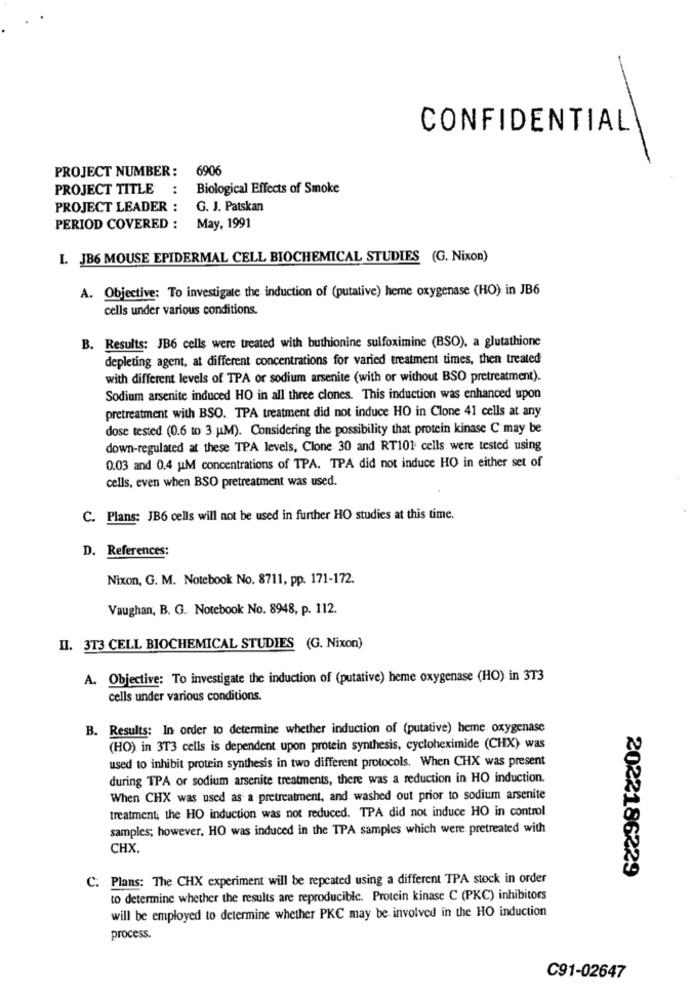
CONFIDENTIAL
PROJECT NUMBER :
6906
PROJECT TITLE
:
Biological Effects of Smoke
PROJECT LEADER :
G. J. Patskan
PERIOD COVERED :
May, 1991
I. JB6 MOUSE EPIDERMAL CELL BIOCHEMICAL STUDIES (G. Nixon)
A. Objective: To investigate the induction of (putative) heme oxygenase (HO) in JB6
cells under various conditions.
B. Results: JB6 cells were treated with buthionine sulfoximine (BSO), a glutathione
depleting agent, at different concentrations for varied treatment times, then treated
with different levels of TPA or sodium arsenite (with or without BSO pretreatment).
Sodium arsenite induced HO in all three clones. This induction was enhanced upon
pretreatment with BSO. TPA treatment did not induce HO in Clone 41 cells at any
dose tested (0.6 to 3. u.M). Considering the possibility that protein kinase C may be
down-regulated at these TPA levels, Clone 30 and RT101 cells were tested using
0.03 and 0.4 M concentrations of TPA. TPA did not induce HO in either set of
cells, even when BSO pretreatment was used.
C. Plans: JB6 cells will not be used in further HO studies at this time.
D. References:
Nixon, G. M. Notebook No. 8711, pp. 171-172.
Vaughan, B. G. Notebook No. 8948, p. 112.
II. 3T3 CELL BIOCHEMICAL STUDIES (G. Nixon)
A. Objective: To investigate the induction of (putative) heme oxygenase (HO) in 3T3
cells under various conditions.
B. Results: In order to determine whether induction of (putative) heme oxygenase
(HO) in 3T3 cells is dependent upon protein synthesis, cycloheximide (CHX) was
used to inhibit protein synthesis in two different protocols. When CHX was present
during TPA or sodium arsenite treatments, there was a reduction in HO induction.
When CHX was used as a pretreatment, and washed out prior to sodium arsenite
treatmenti the HO induction was not reduced. TPA did not induce HO in control
samples; however, HO was induced in the TPA samples which were pretreated with
CHX.
C. Plans: The CHX experiment will be repeated using a different TPA stock in order
2022186229
to determine whether the results are reproducible. Protein kinase C (PKC) inhibitors
will be employed to determine whether PKC may be involved in the HO induction
process.
C91-02647